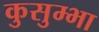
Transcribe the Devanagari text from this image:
कुसुम्भा